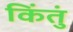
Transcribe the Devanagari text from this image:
किंतुं